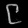
Digit: ၉